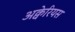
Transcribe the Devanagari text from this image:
अक्वेरियस